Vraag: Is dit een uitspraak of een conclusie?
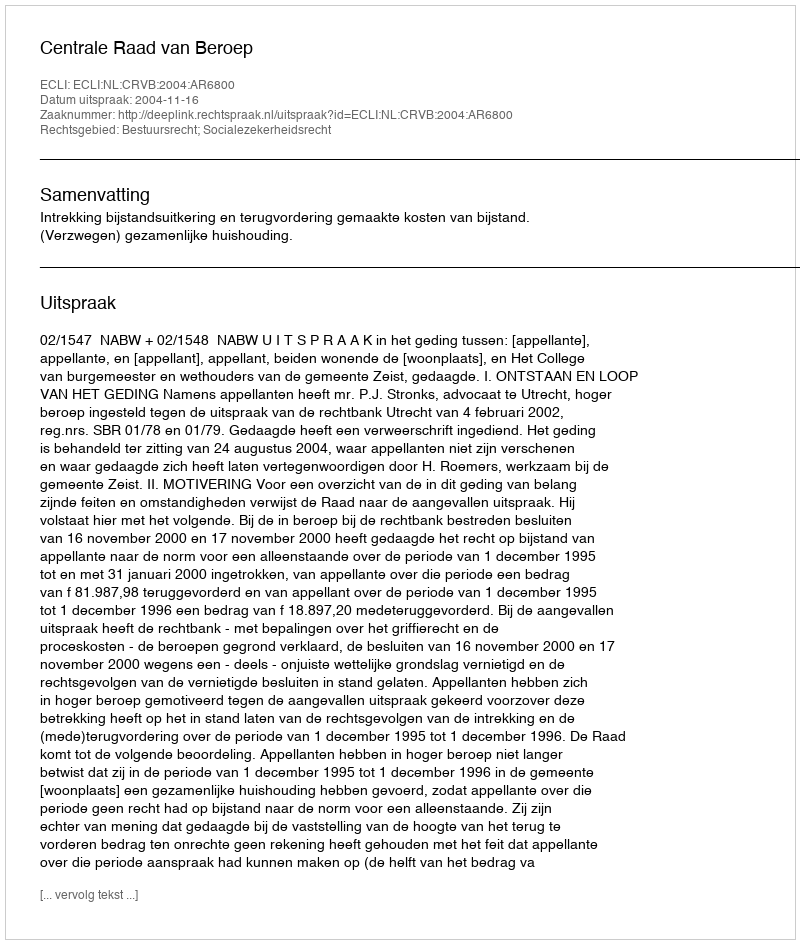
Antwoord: Uitspraak